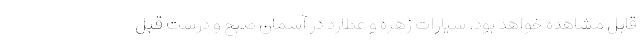
قابل مشاهده خواهد بود. سیارات زهره و عطارد در آسمان صبح و درست قبل